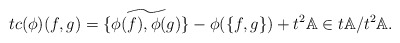
\begin{align*}tc(\phi)(f,g) = \widetilde{\{\phi(f) ,\phi(g) \}} - \phi(\{f,g\}) + t^2 \mathbb{A} \in t\mathbb{A}/t^2\mathbb{A} .\end{align*}